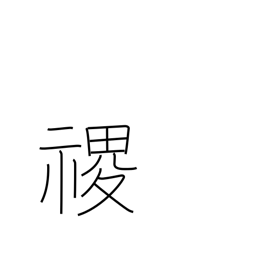
Meaning: proper name